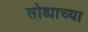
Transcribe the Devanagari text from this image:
सोड्याच्या